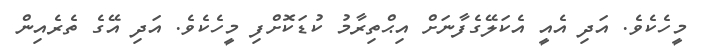
މީހެކެވެ. އަދި އެއީ އެކަލޭގެފާނަށް އިޙްތިރާމު ކުޑަކޮށްފި މީހެކެވެ. އަދި އޭގެ ތެރެއިން